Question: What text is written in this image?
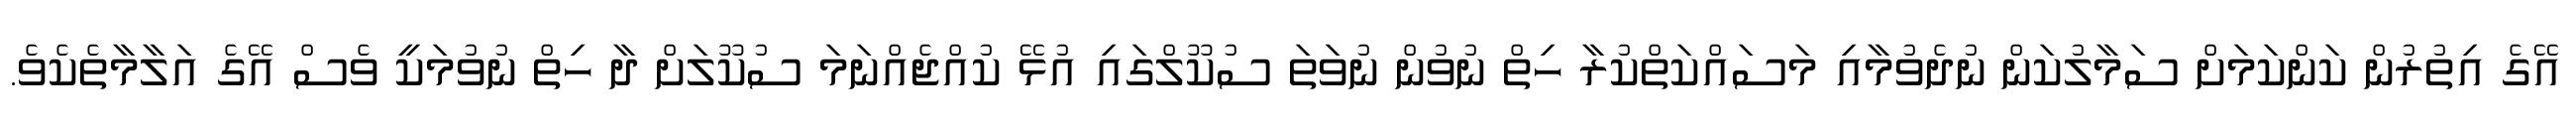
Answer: އޭގެ އިތުރުން ކަންކަމަށް ސަމާލުކަން ނުދެވުމާއި މަސައްކަތްކުރާ ހިތް ނުވުން ނުވަތަ ސުކޫލްގައި އުޅޭ ކުއްޖެއްނަމަ ސުކޫލަށް ދާ ހިތް ނުވުމަކީ ވެސް އޭގެ އަލާމާތެކެވެ.